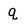
Character: q